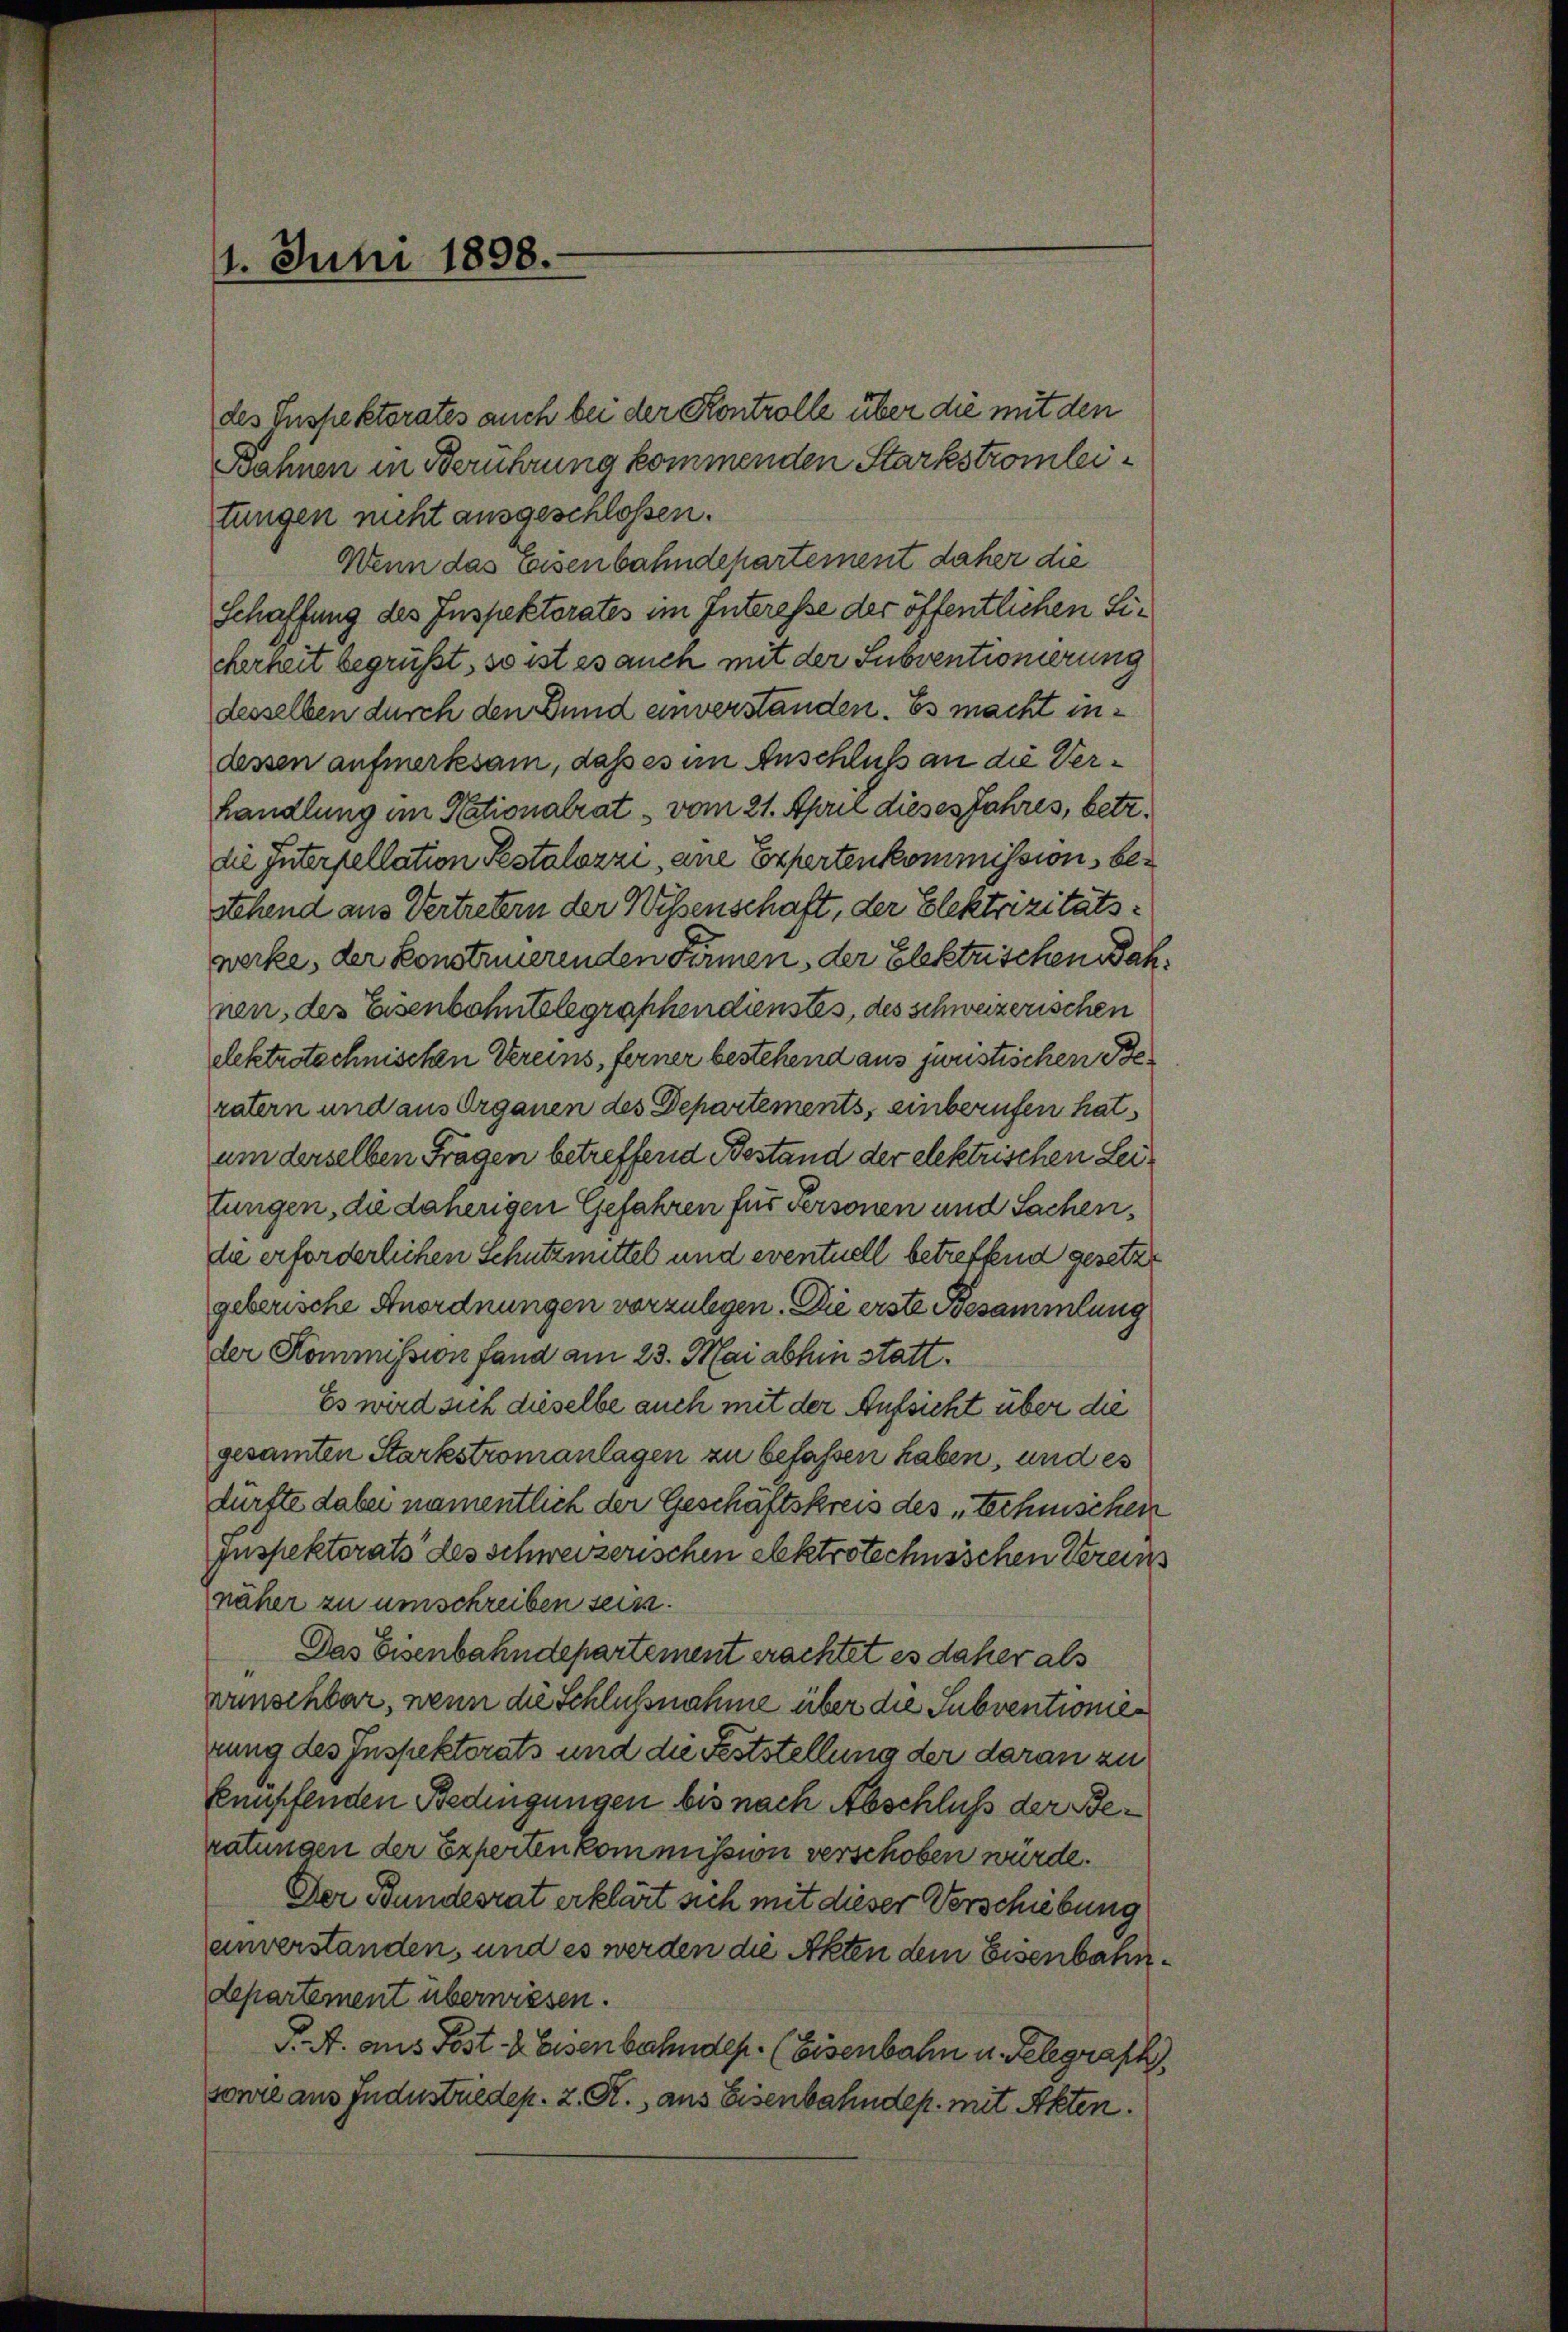
11. Juni 1898.

des Inspektorates auch bei der Kontrolle über die mit den
Bahnen in Berührung kommenden Starkstromleitungen nicht ausgeschlossen.
Wenn das Eisenbahndepartement daher die
Schaffung des Inspektorates im Interesse der öffentlichen Licherheit begrüßt, so ist es auch mit der Subventionierung
desselben durch den Bund unverstanden. Es macht indessen aufmerksam, daß es im Anschluß an die Verhandlung im Nationalrat vom 21. April dieses Jahres, betr.
die Interpellation Pestalozzi, ane Expertenkommission bestehend aus Vertretern der Wissenschaft, der Elektrizitätswerke, der konstruierenden Firmen, der Elektrischen Wahnen, des Eisenbahntelegraphen dienstes, des schweizerischen
elektrotechnischen Vereins, ferner bestehend aus juristischen Beratern und aus Organen des Departements, einberufen hat
um derselben Fragen betreffend Bestand der elektrischen Leitungen, die daherigen Gefahren für Personen und Sachen,
die erforderlichen Schutzmittel und eventuell betreffend gesetzt
geberische Anordnungen vorzulegen. Die erste Gesammlung
der Kommission fand am 23. Mai abhin statt.
Es wird sich dieselbe auch mit der Aufsicht über die
gesamten Starkstromanlagen zu befassen haben, und es
dürfte dabei namentlich der Geschäftskreis des „technischen
Inspektorats des schweizerischen elektrotechnischen Bereins
näher zu umschreiben sein.
Das Eisenbahndepartement erachtet es daher als
wunschbar, wenn die Schlußnahme über die Subventionier
rung des Inspektorats und die Feststellung der daran zu
knuffenden Bedingungen bis nach Abschluß der Beratungen der Experten kommission verschoben würde.
Der Bundesrat erklärt sich mit dieser Verschiebung
unverstanden, und es werden die Akten dem Eisenbahndepartement überwiesen.
T. A. aus Post & Eisenbahndep. (Eisenbahn u. Gelegraph
sonie aus Jndustriedep. z. R., aus Eisenbahndep. mit Akten.